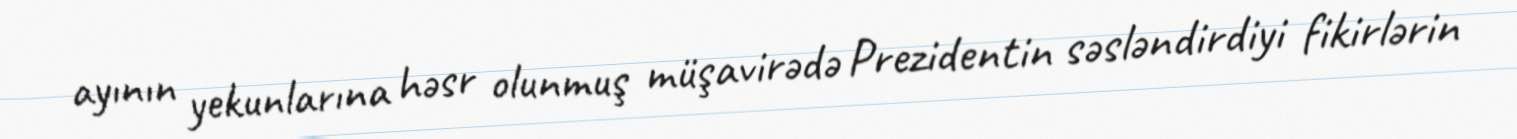
ayının yekunlarına həsr olunmuş müşavirədə Prezidentin səsləndirdiyi fikirlərin